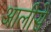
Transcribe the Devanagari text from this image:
आलीसे